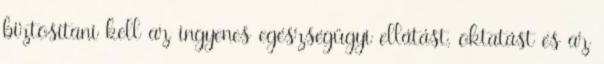
biztosítani kell az ingyenes egészségügyi ellátást, oktatást és az